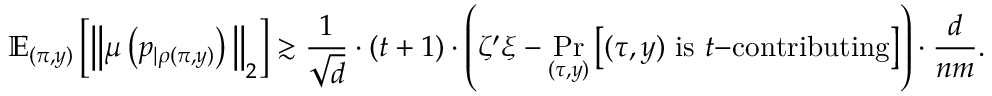
\mathbb { E } _ { ( \pi , y ) } \left[ \Big \| \mu \left( p _ { | \rho ( \pi , y ) } \right) \Big \| _ { 2 } \right] \gtrsim \frac { 1 } { \sqrt { d } } \cdot ( t + 1 ) \cdot \left( \zeta ^ { \prime } \xi - \operatorname* { P r } _ { ( \tau , y ) } \big [ ( \tau , y ) \mathrm { ~ i s ~ } t \mathrm { - c o n t r i b u t i n g } \big ] \right) \cdot \frac { d } { n m } .